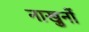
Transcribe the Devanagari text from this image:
नाखुनों